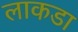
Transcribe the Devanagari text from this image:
लाकडा